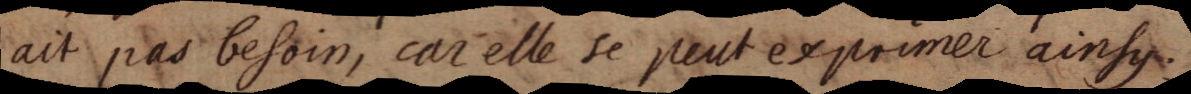
ait pas besoin, car elle se peut exprimer ainsy.